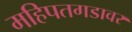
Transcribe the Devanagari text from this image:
महिपतगडावर